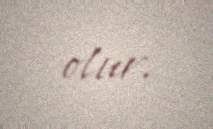
olur.